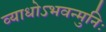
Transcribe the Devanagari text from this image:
व्याधोऽभवन्मुनिः